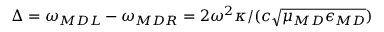
\Delta = \omega _ { \/ { M D L } } - \omega _ { \/ { M D R } } = 2 \omega ^ { 2 } \kappa / ( c \sqrt { \mu _ { \/ { M D } } \epsilon _ { \/ { M D } } } )